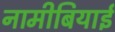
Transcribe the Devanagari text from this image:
नामीबियाई